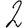
Digit: 2